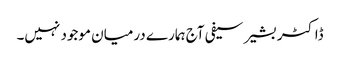
ڈاکٹر بشیر سیفی آج ہمارے درمیان موجود نہیں۔